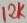
Text: 12K